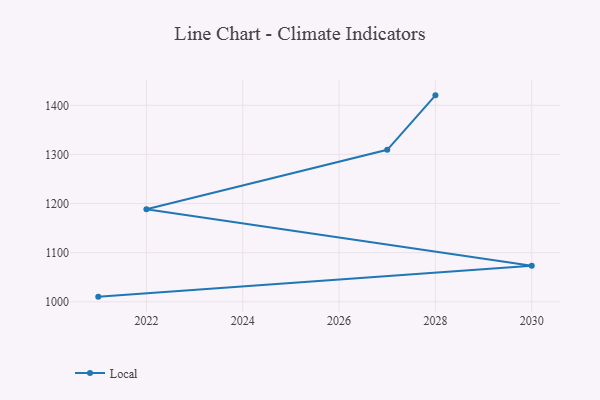
{"axis": {"x": "Year", "y": "Bounce Rate (%)"}, "legend": ["Local"], "data": [{"x": "2028", "y": 1420.3, "type": "Local"}, {"x": "2027", "y": 1309.4, "type": "Local"}, {"x": "2022", "y": 1188.5, "type": "Local"}, {"x": "2030", "y": 1073.2, "type": "Local"}, {"x": "2021", "y": 1010.5, "type": "Local"}]}